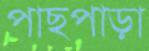
পাছপাড়া